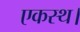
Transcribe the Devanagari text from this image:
एकस्थ।